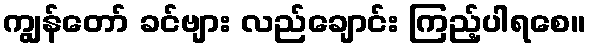
ကျွန်တော် ခင်ဗျား လည်ချောင်း ကြည့်ပါရစေ။